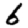
Digit: 6